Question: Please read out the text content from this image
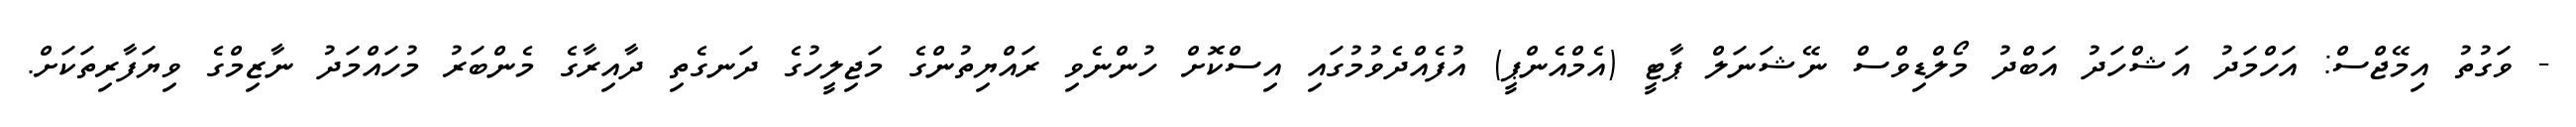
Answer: - ވަގުތު އިމޭޖްސް: އަހްމަދު އަޝްހަދު އަބްދު މޯލްޑިވްސް ނޭޝަނަލް ޕާޓީ (އެމްއެންޕީ) އުފެއްދެވުމުގައި އިސްކޮށް ހުންނެވި ރައްޔިތުންގެ މަޖިލީހުގެ ދަނގެތި ދާއިރާގެ މެންބަރު މުހައްމަދު ނާޒިމްގެ ވިޔަފާރިތަކަށް.